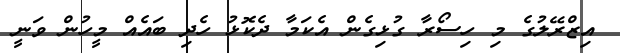
އިޒްރޭލުގެ މި ހިސޯރާ ގުޅިގެން އެކަމާ ދެކޮޅު ހެދި ބައެއް މީހުން ވަނީ